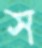
স